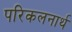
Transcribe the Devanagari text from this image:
परिकलनार्थ